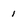
Character: 1